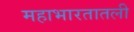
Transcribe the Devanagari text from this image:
महाभारतातली